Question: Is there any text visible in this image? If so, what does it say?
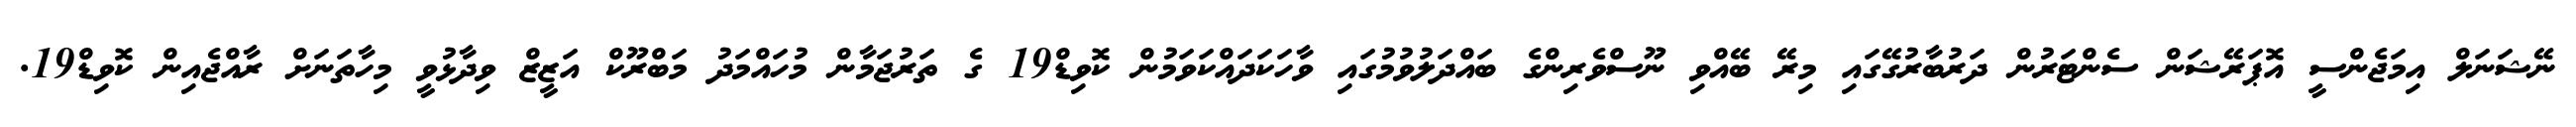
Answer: ނޭޝަނަލް އިމަޖެންސީ އޮޕަރޭޝަން ސެންޓަރުން ދަރުބާރުގޭގައި މިރޭ ބޭއްވި ނޫސްވެރިންގެ ބައްދަލުވުމުގައި ވާހަކަދައްކަވަމުން ކޮވިޑް19 ގެ ތަރުޖަމާން މުހައްމަދު މަބްރޫކް އަޒީޒް ވިދާޅުވީ މިހާތަނަށް ރާއްޖެއިން ކޮވިޑް19.